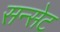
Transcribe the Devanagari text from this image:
सन्सेट